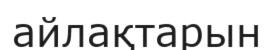
айлақтарын